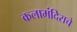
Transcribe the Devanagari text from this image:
कलामंदिराचे